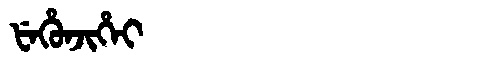
Manchu: ᡶᡝᡥᡠᠨᠵᡳᡥᡝᡳ
Romanization: FEHUNJIHEI